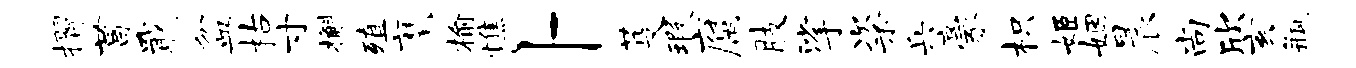
摺菖戢盆枯寸槲殖麾榆憔卜芟瑕腐肢挲粢兵豪枳姬姻晨尚欣亥瓶